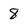
Character: 8